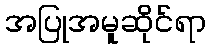
အပြုအမူဆိုင်ရာ